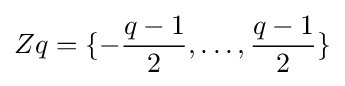
Zq=\{-{\frac {q-1}{2}},\ldots ,{\frac {q-1}{2}}\}